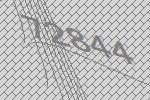
72844